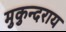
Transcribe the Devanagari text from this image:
मुकुन्दराय